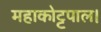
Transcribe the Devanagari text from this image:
महाकोट्टपाल।